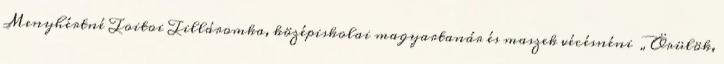
Menyhértné Toitoi Tilláromka, középiskolai magyartanár és maszek vécésnéni „Örülök,